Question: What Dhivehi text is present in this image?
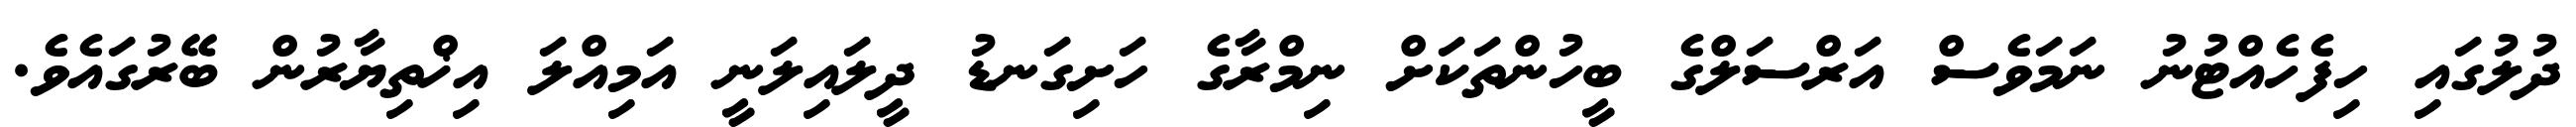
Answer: ދުލުގައި ހިފެހެއްޓުނު ނަމަވެސް އަރްސަލްގެ ބީހުންތަކަށް ނިމްރާގެ ހަށިގަނޑު ދީލައިލަނީ އަމިއްލަ އިޚްތިޔާރުން ބޭރުގައެވެ.